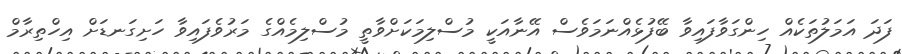
ފަދަ އަމަލުތަކެއް ހިންގަވާފައިވާ ބޭފުޅެއްނަމަވެސް އޭނާއަކީ މުސްލިމަކަށްވާތީ މުސްލިމެއްގެ މަރުވެފައިވާ ހަށިގަނޑަށް އިހްތިރާމް